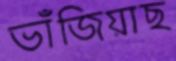
ভাঁজিয়াছ